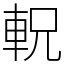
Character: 軦